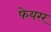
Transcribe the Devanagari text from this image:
फेयरर